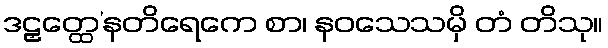
ဒဠှတ္ထေ’နတိရေကေ စာ၊ နဝသေသမှိ တံ တိသု။